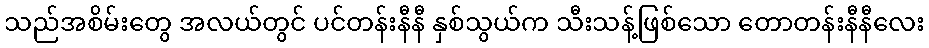
သည်အစိမ်းတွေ အလယ်တွင် ပင်တန်းနီနီ နှစ်သွယ်က သီးသန့်ဖြစ်သော တောတန်းနီနီလေး